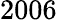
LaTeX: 2006